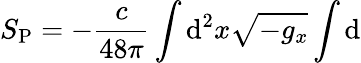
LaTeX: S_{\mathrm{P}}=-{\frac{c}{48\pi}}\int\mathrm{d}^{2}x\sqrt{-g_{x}}\int\mathrm{d}